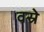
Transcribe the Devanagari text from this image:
वस्रे